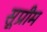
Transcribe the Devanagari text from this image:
सूप्रीम